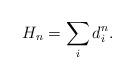
LaTeX: \begin{align*}H_n =\sum_{i}d_i^n.\end{align*}